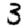
Digit: 3